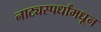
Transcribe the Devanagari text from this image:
नाट्यस्पर्धांमधून